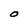
Character: O